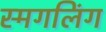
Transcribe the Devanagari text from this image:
स्मगलिंग